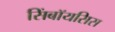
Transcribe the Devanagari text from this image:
सिंबॉयसिस